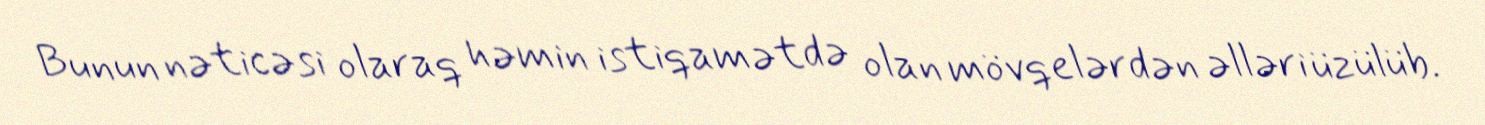
Bunun nəticəsi olaraq həmin istiqamətdə olan mövqelərdən əlləri üzülüb.